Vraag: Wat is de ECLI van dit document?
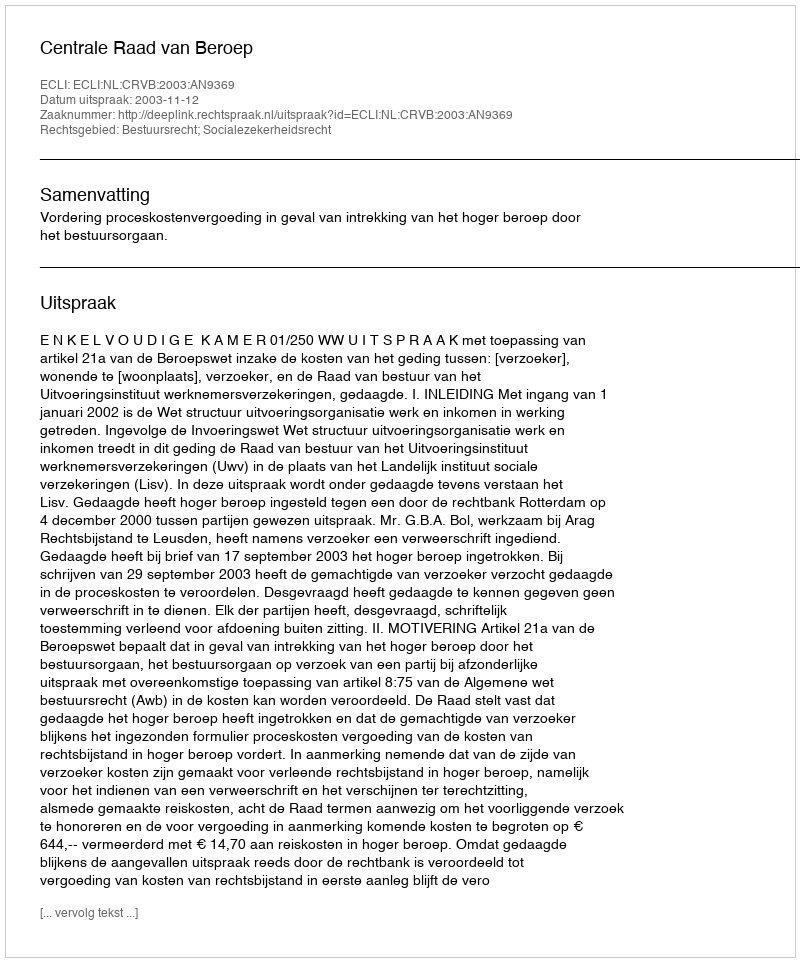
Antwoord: ECLI:NL:CRVB:2003:AN9369